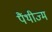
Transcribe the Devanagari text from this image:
पैंथीज्म